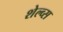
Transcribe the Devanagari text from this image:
शेल्व्स